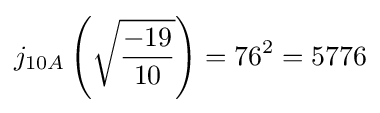
j_{10A}\left({\sqrt {\frac {-19}{10}}}\right)=76^{2}=5776